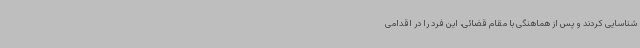
شناسایی کردند و پس از هماهنگی با مقام قضائی، این فرد را در اقدامی